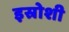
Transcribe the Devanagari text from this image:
इस्रोशी